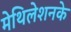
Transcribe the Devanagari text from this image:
मेथिलेशनके